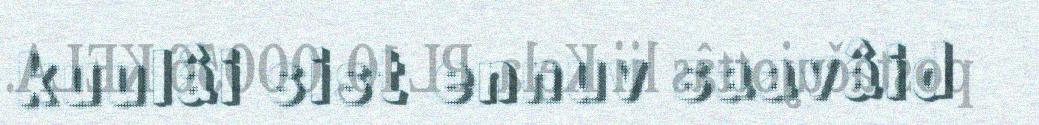
kuulâi sist ennuv saavâid